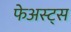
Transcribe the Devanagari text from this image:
फेअस्ट्स